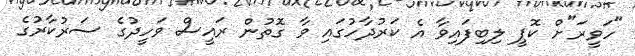
"ހަވީރަ"ށް ކޮޕީ ލިބިފައިވާ އެ ކަރުދާހުގައި ވާ ގޮތުން ރައީސް ވަހީދުގެ ސަރުކާރުގެ